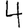
Digit: 4